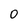
Character: 0